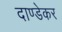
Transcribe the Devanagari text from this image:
दाण्डेकर